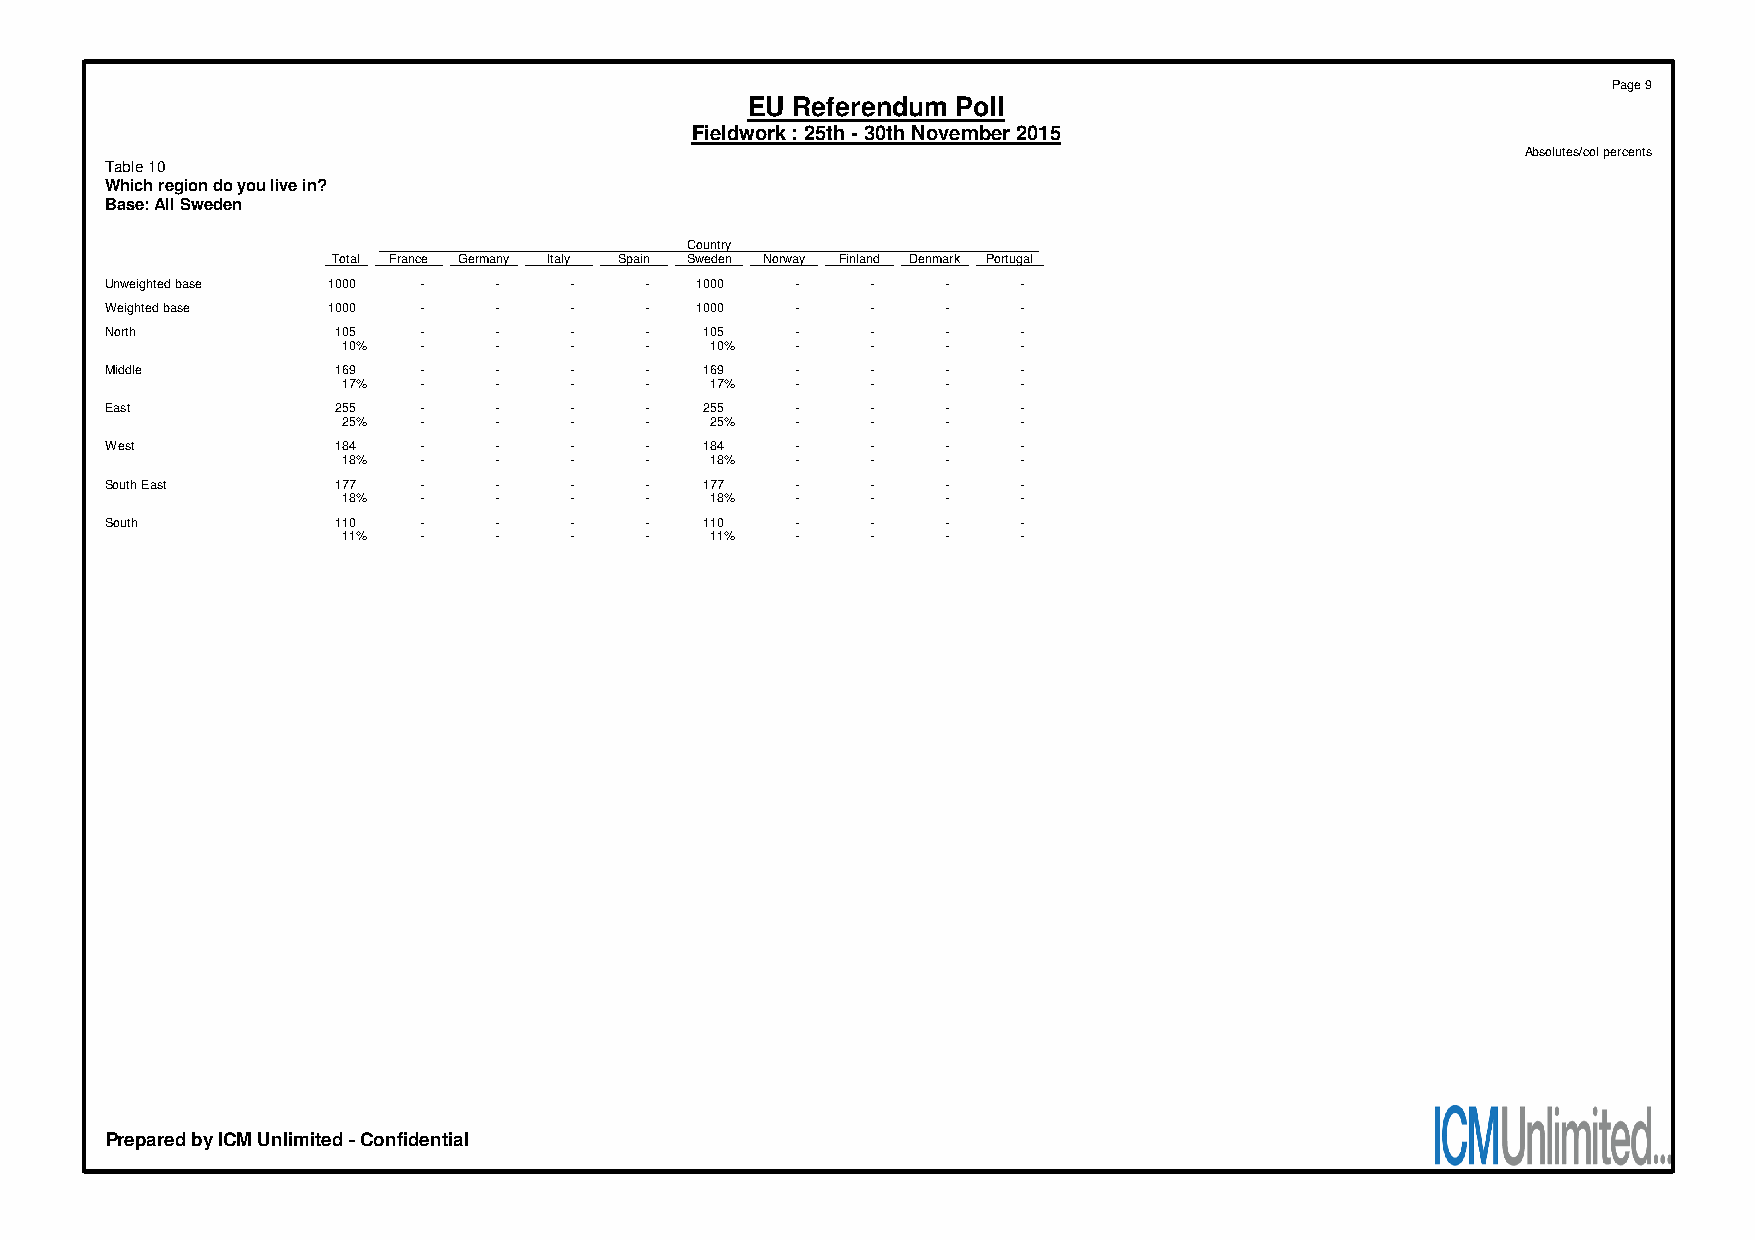
Page 9
 EU Referendum Poll
 Fieldwork : 25th - 30th November 2015
 Absolutes/col percents
 Table 10
 Which region do you live in?
 Base: All Sweden
 Country
 Total France Germany Italy Spain Sweden Norway Finland Denmark Portugal
 Unweighted base 1000 -    -    -    -  1000   -    -    -    -
 Weighted base  1000  -    -    -    -  1000   -    -    -    -
 North          105   -    -    -    -   105   -    -    -    -
 10%  -    -    -    -   10%   -    -    -    -
 Middle         169   -    -    -    -   169   -    -    -    -
 17%  -    -    -    -   17%   -    -    -    -
 East           255   -    -    -    -   255   -    -    -    -
 25%  -    -    -    -   25%   -    -    -    -
 West           184   -    -    -    -   184   -    -    -    -
 18%  -    -    -    -   18%   -    -    -    -
 South East     177   -    -    -    -   177   -    -    -    -
 18%  -    -    -    -   18%   -    -    -    -
 South          110   -    -    -    -   110   -    -    -    -
 11%  -    -    -    -   11%   -    -    -    -
 Prepared by ICM Unlimited - Confidential